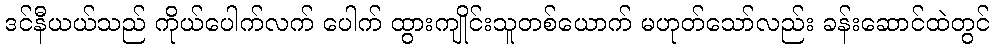
ဒင်နီယယ်သည် ကိုယ်ပေါက်လက် ပေါက် ထွားကျိုင်းသူတစ်ယောက် မဟုတ်သော်လည်း ခန်းဆောင်ထဲတွင်